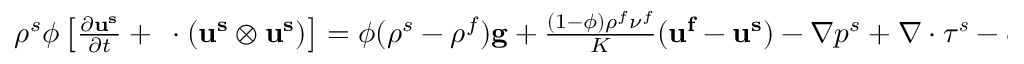
\begin{array} { r } { \rho ^ { s } \phi \left[ \frac { \partial \mathbf { u ^ { s } } } { \partial t } + \mathbf { \nabla } \cdot \left( \mathbf { u ^ { s } } \otimes \mathbf { u ^ { s } } \right) \right] = \phi ( \rho ^ { s } - \rho ^ { f } ) \mathbf { g } + \frac { ( 1 - \phi ) \rho ^ { f } \nu ^ { f } } { K } ( \mathbf { u ^ { f } } - \mathbf { u ^ { s } } ) - \nabla p ^ { s } + \nabla \cdot \boldsymbol { \tau ^ { s } } - \phi \nabla p ^ { f } , } \end{array}